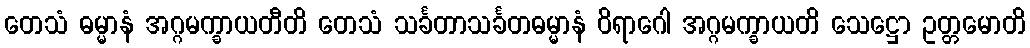
တေသံ ဓမ္မာနံ အဂ္ဂမက္ခာယတီတိ တေသံ သင်္ခတာသင်္ခတဓမ္မာနံ ဝိရာဂေါ အဂ္ဂမက္ခာယတိ သေဋ္ဌော ဥတ္တမောတိ